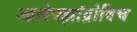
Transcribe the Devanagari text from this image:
आलेक्झांद्रोविच